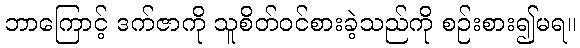
ဘာကြောင့် ဒက်ဇာကို သူစိတ်ဝင်စားခဲ့သည်ကို စဉ်းစား၍မရ။